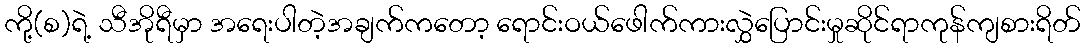
ကို့(စ)ရဲ့ သီအိုရီမှာ အရေးပါတဲ့အချက်ကတော့ ရောင်းဝယ်ဖေါက်ကားလွှဲပြောင်းမှုဆိုင်ရာကုန်ကျစားရိတ်